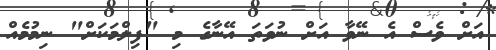
އަށް ވެސް އެ ނޭވާ އަށް ނުވަތަ އޭނާގެ މި "ފިލްމަކަށް" ނިމުމެއް